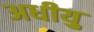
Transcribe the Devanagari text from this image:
अधीयु